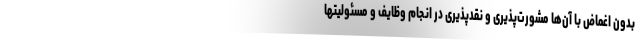
بدون اغماض با آن‌ها مشورت‌پذیری و نقدپذیری در انجام وظایف و مسئولیتها